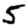
Digit: 5